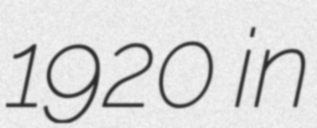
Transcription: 1920 in